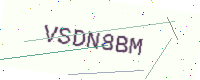
Text: VSDN8BM